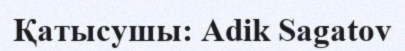
Қатысушы: Adik Sagatov